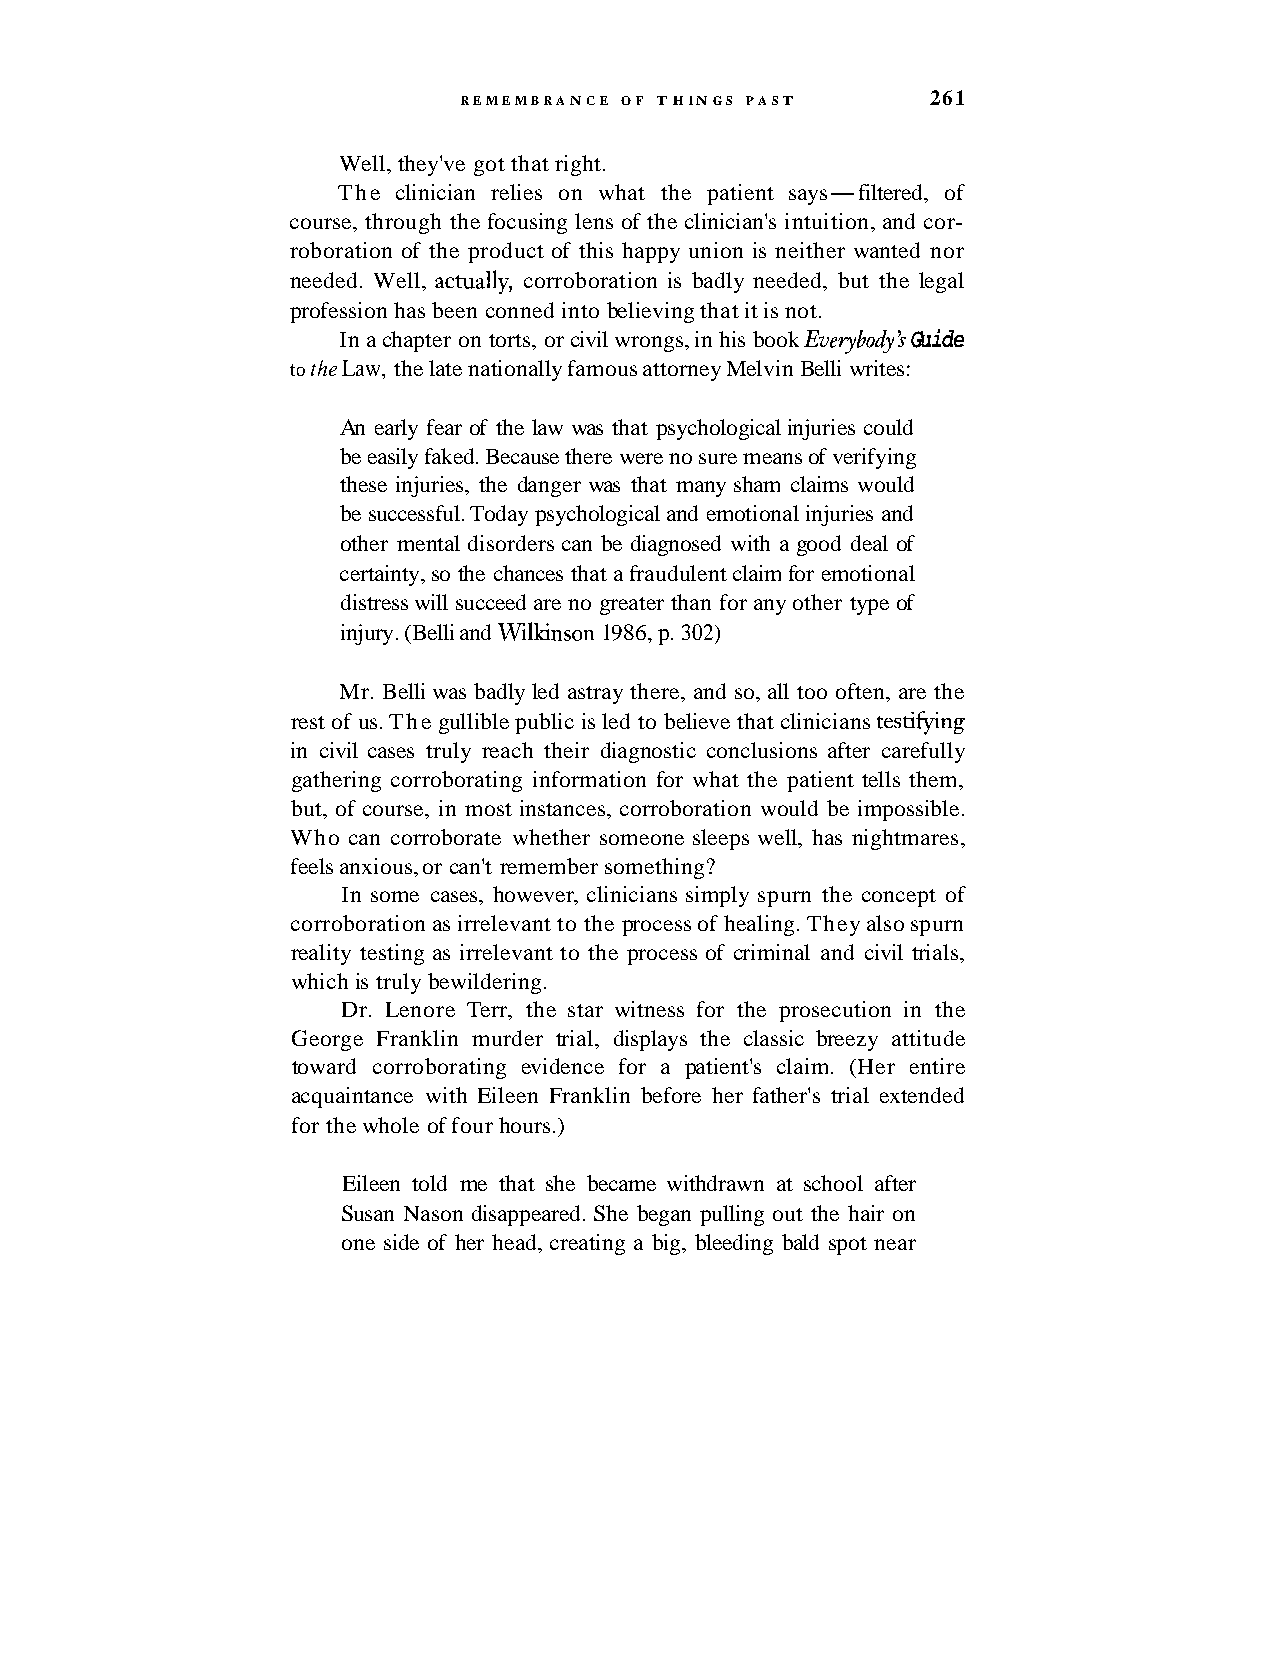
REMEMBRANCE OF THINGS PAST      261
 Well, they've got that right.
 The clinician relies on what the patient says-filtered, of
 course, through the focusing lens of the clinician's intuition, and cor-
 roboration of the product of this happy union is neither wanted nor
 needed. Well, actually, corroboration is badly needed, but the legal
 profession has been conned into believing that it is not.
 In a chapter on torts, or civil wrongs, in his book EveybodyS Guide
 to the Law, the late nationally famous attorney Melvin Belli writes:
 An early fear of the law was that psychological injuries could
 be easily faked. Because there were no sure means of verifying
 these injuries, the danger was that many sham claims would
 be successful. Today psychological and emotional injuries and
 other mental disorders can be diagnosed with a good deal of
 certainty, so the chances that a fraudulent claim for emotional
 distress will succeed are no greater than for any other type of
 injury. (Belli and Wilkinson 1986, p. 302)
 Mr. Belli was badly led astray there, and so, all too often, are the
 rest of us. The gullible public is led to believe that clinicians testifying
 in civil cases truly reach their diagnostic conclusions after carefully
 gathering corroborating information for what the patient tells them,
 but, of course, in most instances, corroboration would be impossible.
 Who can corroborate whether someone sleeps well, has nightmares,
 feels anxious, or can't remember something?
 In some cases, however, clinicians simply spurn the concept of
 corroboration as irrelevant to the process of healing. They also spurn
 reality testing as irrelevant to the process of criminal and civil trials,
 which is truly bewildering.
 Dr. Lenore Terr, the star witness for the prosecution in the
 George Franklin murder trial, displays the classic breezy attitude
 toward corroborating evidence for a patient's claim. (Her entire
 acquaintance with Eileen Franklin before her father's trial extended
 for the whole of four hours.)
 Eileen told me that she became withdrawn at school after
 Susan Nason disappeared. She began pulling out the hair on
 one side of her head, creating a big, bleeding bald spot near